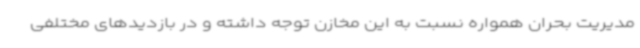
مدیریت بحران همواره نسبت به این مخازن توجه داشته و در بازدیدهای مختلفی